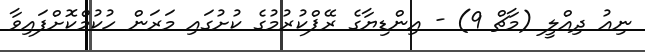
ނިއު ދިއްލީ (މާޗް 9) - އިންޑިޔާގެ ރޭޕްކުރުމުގެ ކުށުގައި މަރަން ހުކުމްކޮށްފައިވާ